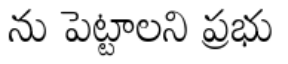
ను పెట్టాలని ప్రభు